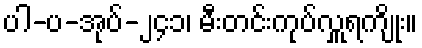
ပါ-ပ-အုပ်-၂၄၁၊ မီးတင်းကုပ်လှူရကျိုး။